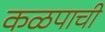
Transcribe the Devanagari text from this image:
कळपाची